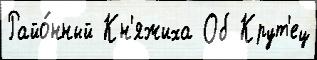
Райо́нный Кн'яжиха Об Крут'ец